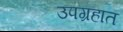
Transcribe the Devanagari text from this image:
उपग्रहात